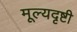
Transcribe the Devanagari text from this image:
मूल्यदृष्टी